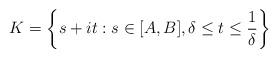
LaTeX: \begin{align*}K=\left\{ s+it:s\in[A,B],\delta\le t\le\frac{1}{\delta}\right\} \end{align*}